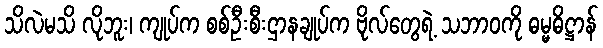
သိလဲမသိ လိုဘူး၊ ကျုပ်က စစ်ဦးစီးဌာနချုပ်က ဗိုလ်တွေရဲ့ သဘာဝကို ဓမ္မဓိဋ္ဌာန်